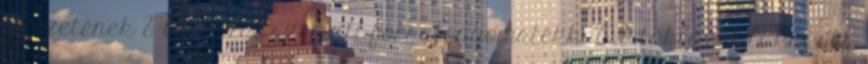
fejezetének 8. táblázat szerinti forgatónyomatékkal. 8. táblázat A kapocs